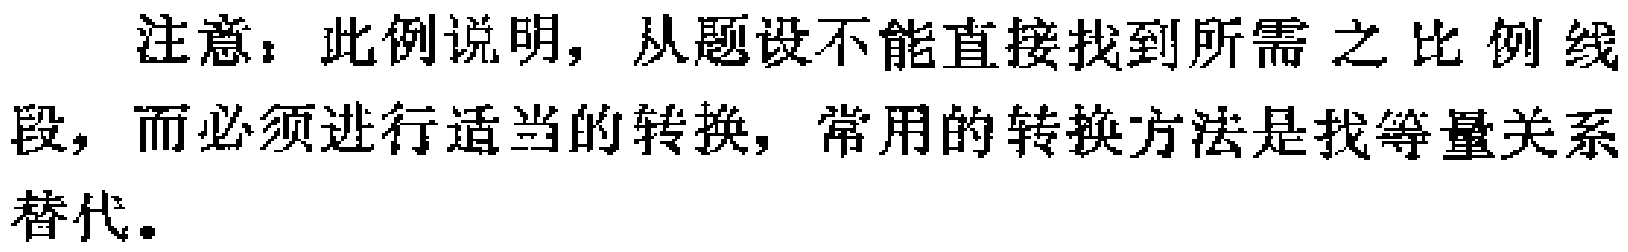
注意：此例说明，从题设不能直接找到所需之比例线段，而必须进行适当的转换，常用的转换方法是找等量关系替代。